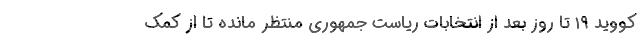
کووید ۱۹ تا روز بعد از انتخابات ریاست جمهوری منتظر مانده تا از کمک